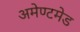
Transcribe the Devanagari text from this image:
अमेण्टमेड